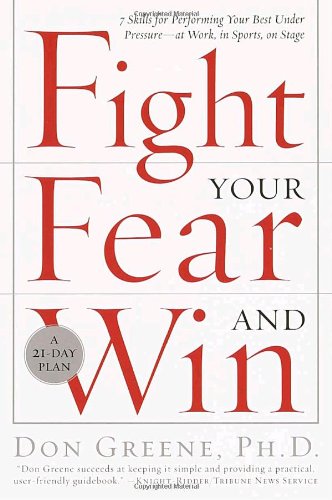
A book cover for Fight Your Fear and Win: Seven Skills for Performing Your Best Under Pressure--At Work, In Sports, On Stage; Dr. Don Greene; Self-Help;